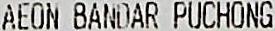
AEON BANDAR PUCHONG